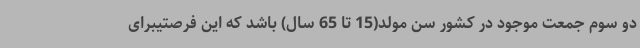
دو سوم جمعت موجود در کشور سن مولد(15 تا 65 سال) باشد که این فرصتیبرای